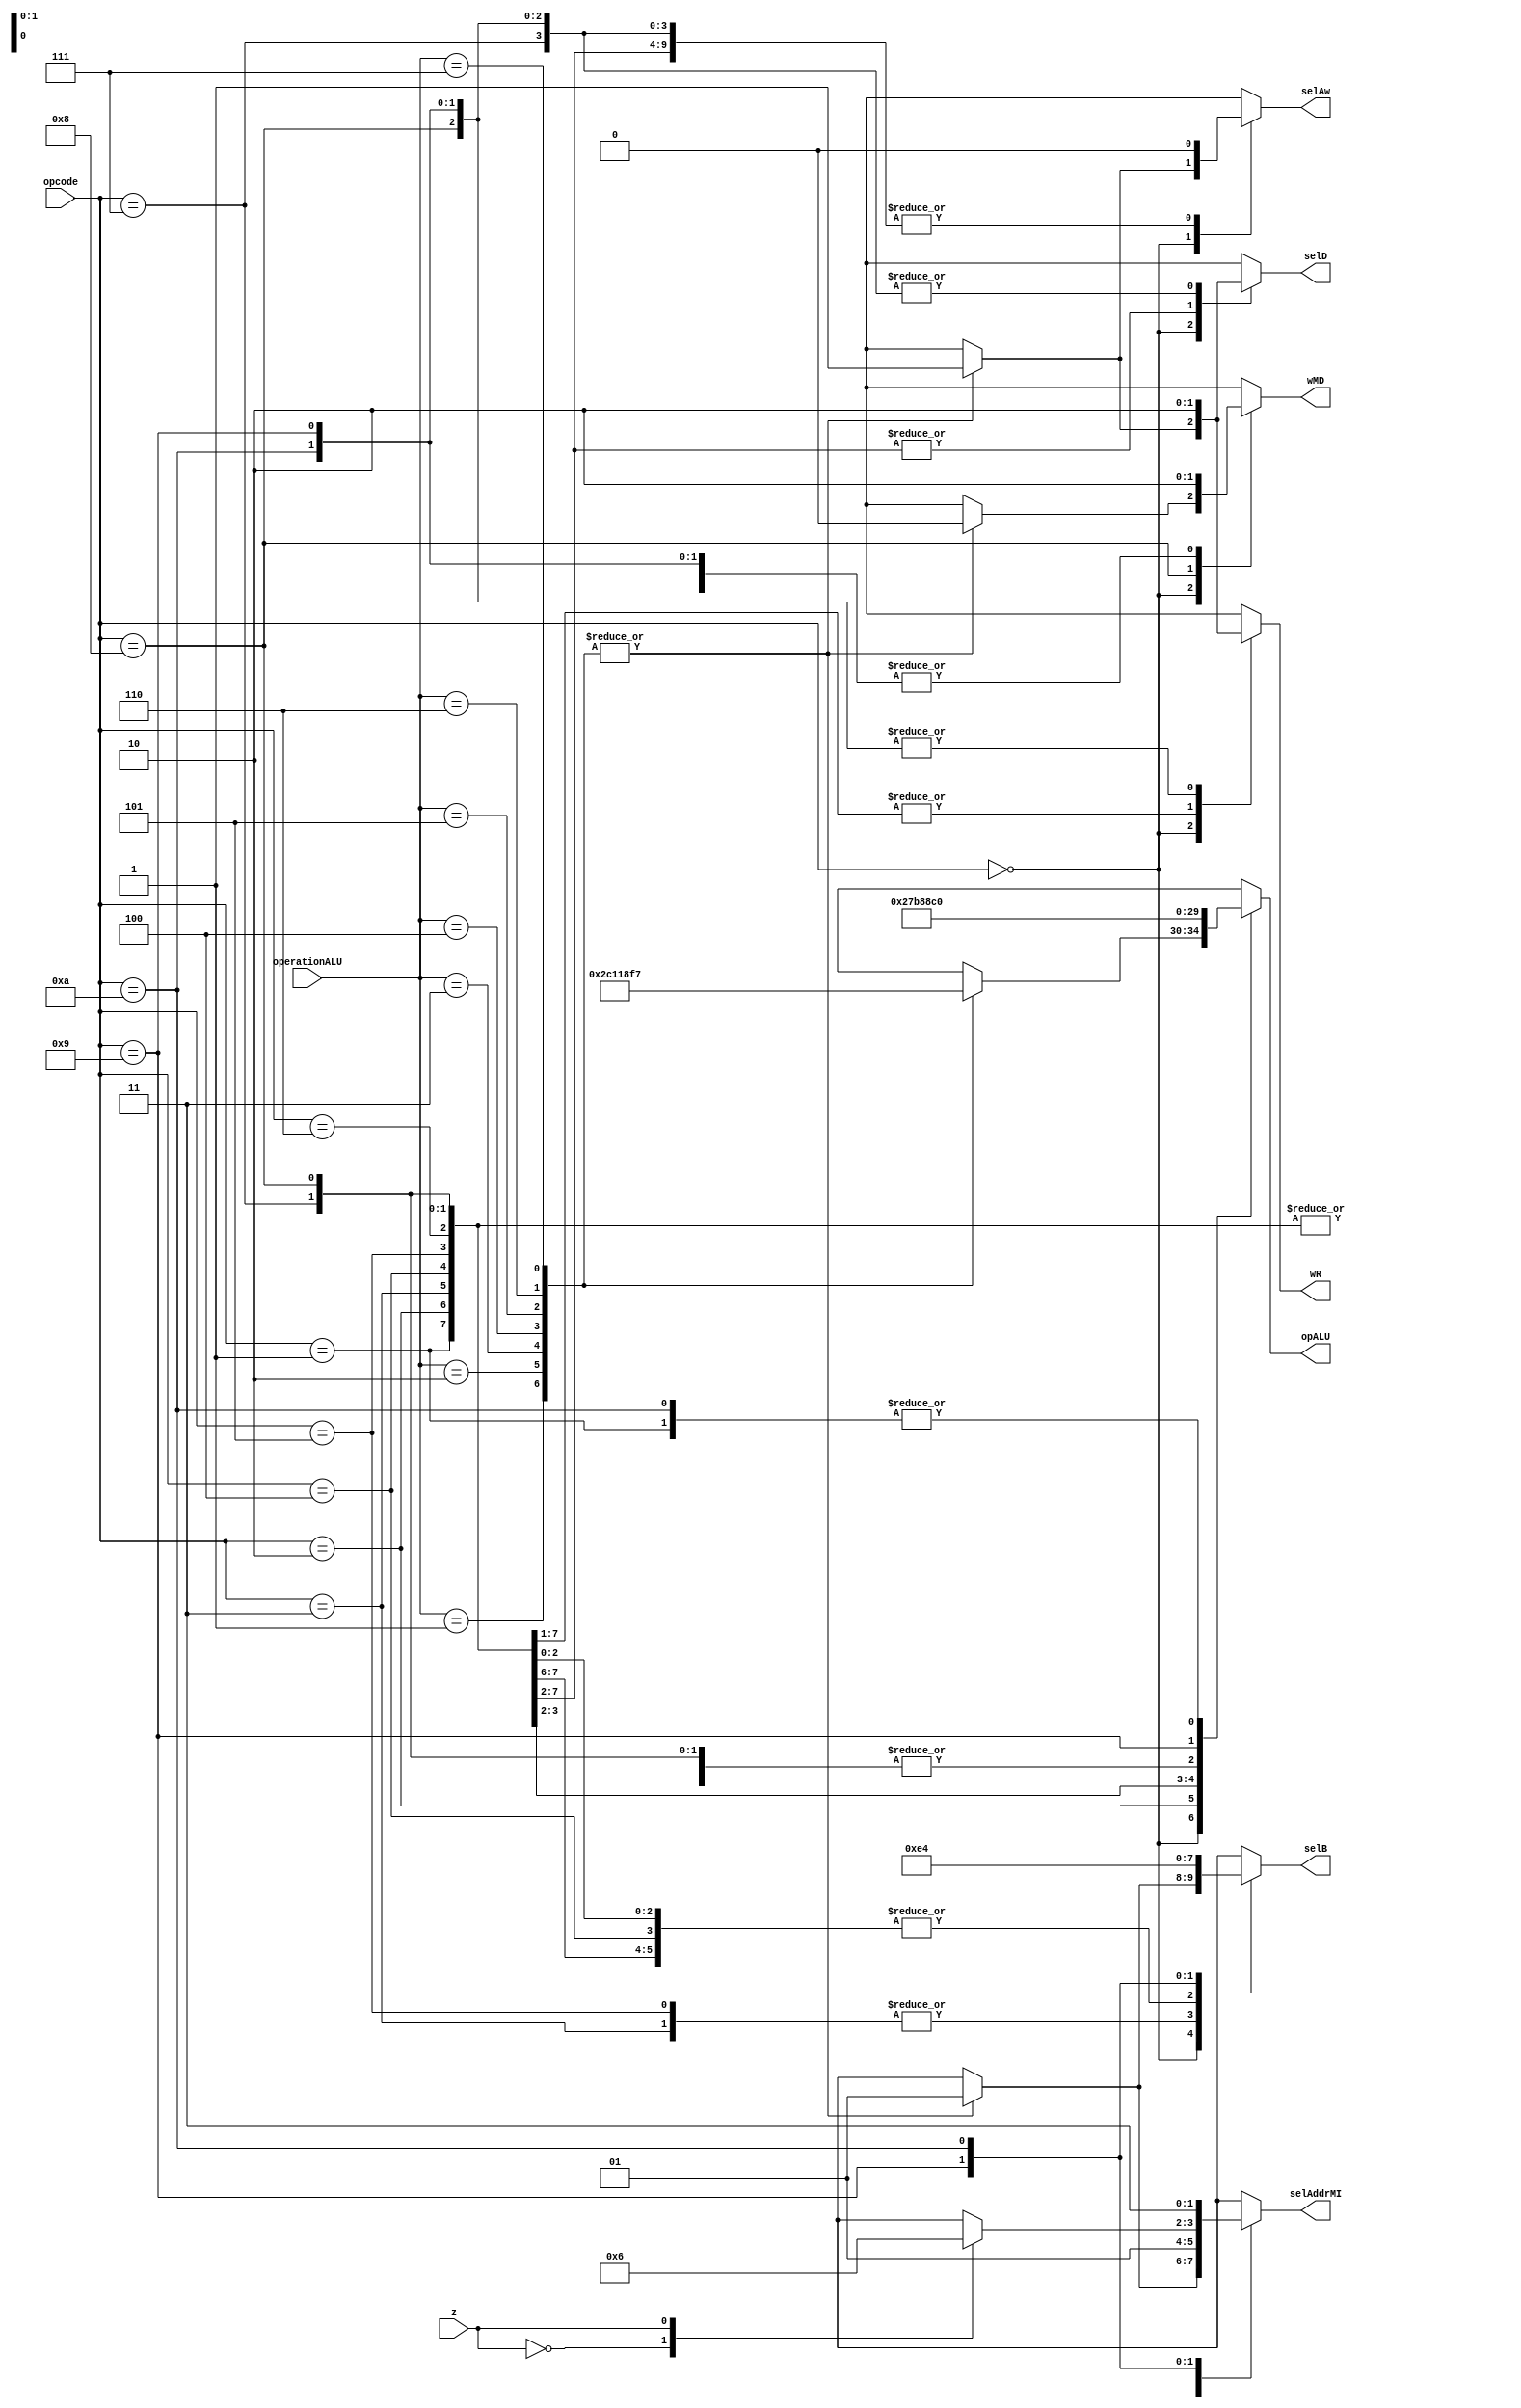
`timescale 1ns / 1ps
//////////////////////////////////////////////////////////////////////////////////
// Company: Faculty of Electronics, Telecommunications and Information Technology of Iasi
// 
// Design Name: 
// Module Name: CU
// Project Name: 
// Target Devices: 
// Tool Versions: 
// Description:  CU = Control Unit
//
// Dependencies: 
// Additional Comments:
// 
//////////////////////////////////////////////////////////////////////////////////


module CU (
	input [3:0] opcode,
	input [2:0] operationALU,
	input z,
	
	output reg[4:0] opALU,
	output reg [1:0] selB,
	output reg [1:0] selAddrMI,
	output reg selAw,
	output reg selD,
	output reg wR,
	output reg wMD
	);
	
	always @ (opcode or operationALU or z) begin
		case (opcode)
			// Instructions in R format
			4'b0000: begin
				case (operationALU)
					3'b001: begin 					// AND
						selAw = 1'b1;
						selD = 1'b1;
						wR = 1'b1;
						selB = 2'b01;
						opALU = 5'b00000;
						selAddrMI = 2'b01;
						wMD = 1'b0;
					end
					3'b010: begin 					// OR
						selAw = 1'b1;
						selD = 1'b1;
						wR = 1'b1;
						selB = 2'b01;
						opALU = 5'b00001;
						selAddrMI = 2'b01;
						wMD = 1'b0;
					end
					3'b011: begin 					// NOR
						selAw = 1'b1;
						selD = 1'b1;
						wR = 1'b1;
						selB = 2'b01;
						opALU = 5'b01100;
						selAddrMI = 2'b01;
						wMD = 1'b0;
					end
					3'b100: begin 					// ADD
						selAw = 1'b1;
						selD = 1'b1;
						wR = 1'b1;
						selB = 2'b01;
						opALU = 5'b00010;
						selAddrMI = 2'b01;
						wMD = 1'b0;
					end
					3'b101: begin 					// SUB
						selAw = 1'b1;
						selD = 1'b1;
						wR = 1'b1;
						selB = 2'b01;
						opALU = 5'b00110;
						selAddrMI = 2'b01;
						wMD = 1'b0;
					end
					3'b110: begin 					// SLT
						selAw = 1'b1;
						selD = 1'b1;
						wR = 1'b1;
						selB = 2'b01;
						opALU = 5'b00111;
						selAddrMI = 2'b01;
						wMD = 1'b0;
					end
					3'b111: begin 					// SLTU
						selAw = 1'b1;
						selD = 1'b1;
						wR = 1'b1;
						selB = 2'b01;
						opALU = 5'b10111;
						selAddrMI = 2'b01;
						wMD = 1'b0;
					end
					default: begin
						selAw = 1'bx;
						selD = 1'bx;
						wR = 1'bx;
						selB = 2'bxx;
						opALU = 5'bxxxxx;
						selAddrMI = 2'bxx;
						wMD = 1'bx;
					end
				endcase
			end


			// Instructions in I format
			4'b0001: begin 					// ANDI
				selAw = 1'b0;
				selD = 1'b1;
				wR = 1'b1;
				selB = 2'b10;
				opALU = 5'b00000;
				selAddrMI = 2'b01;
				wMD = 1'b0;
			end
			4'b0010: begin 					// ORI
					selAw = 1'b0;
					selD = 1'b1;
					wR = 1'b1;
					selB = 2'b10;
					opALU = 5'b00001;
					selAddrMI = 2'b01;
					wMD = 1'b0;
				end
			4'b0011: begin 					// ADDI
				selAw = 1'b0;
				selD = 1'b1;
				wR = 1'b1;
				selB = 2'b11;
				opALU = 5'b00010;
				selAddrMI = 2'b01;
				wMD = 1'b0;
			end
			4'b0100: begin 					// ADDUI
				selAw = 1'b0;
				selD = 1'b1;
				wR = 1'b1;
				selB = 2'b10;
				opALU = 5'b00010;
				selAddrMI = 2'b01;
				wMD = 1'b0;
			end
			4'b0101: begin 					// SLTI
				selAw = 1'b0;
				selD = 1'b1;
				wR = 1'b1;
				selB = 2'b11;
				opALU = 5'b00111;
				selAddrMI = 2'b01;
				wMD = 1'b0;
			end
			4'b0110: begin 					// SLTUI
				selAw = 1'b0;
				selD = 1'b1;
				wR = 1'b1;
				selB = 2'b10;
				opALU = 5'b10111;
				selAddrMI = 2'b01;
				wMD = 1'b0;
			end
			
			4'b0111: begin 					// LW
				selAw = 1'b0;
				selD = 1'b0;
				wR = 1'b1;
				selB = 2'b10;
				opALU = 5'b00010;
				selAddrMI = 2'b01;
				wMD = 1'b0;
			end
			4'b1000: begin 					// SW
				selAw = 1'b0;
				selD = 1'b0;
				wR = 1'b0;
				selB = 2'b10;
				opALU = 5'b00010;
				selAddrMI = 2'b01;
				wMD = 1'b1;
			end
				
			4'b1001: begin 					// BEQ 
				case (z)
					1'b0: begin  // (false)
						selAw = 1'b0;
						selD = 1'b0;
						wR = 1'b0;
						selB = 2'b01;
						opALU = 5'b00110;
						selAddrMI = 2'b01; 
						wMD = 1'b0;
					end
					1'b1: begin  // (true)
						selAw = 1'b0;
						selD = 1'b0;
						wR = 1'b0;
						selB = 2'b01;
						opALU = 5'b00110;
						selAddrMI = 2'b10; 
						wMD = 1'b0;
					end
					default: begin  
						selAw = 1'bx;
						selD = 1'bx;
						wR = 1'bx;
						selB = 2'bxx;
						opALU = 5'bxxxxx;
						selAddrMI = 2'bxx;
						wMD = 1'bx;
					end
				endcase
			end

			
			// Instructions in J format
			4'b1010: begin 					// J
				selAw = 1'b0;
				selD = 1'b0;
				wR = 1'b0;
				selB = 2'b00;
				opALU = 5'b00000;
				selAddrMI = 2'b11;
				wMD = 1'b0;
			end
			
			
			default: begin
				selAw = 1'bx;
				selD = 1'bx;
				wR = 1'bx;
				selB = 2'bxx;
				opALU = 5'bxxxxx;
				selAddrMI = 2'bxx;
				wMD = 1'bx;
			end
		endcase
	end
endmodule